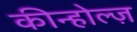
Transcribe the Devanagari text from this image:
कीन्होल्ज़